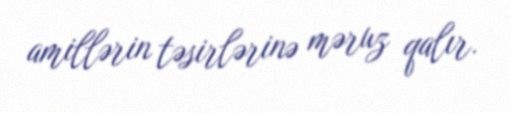
amillərin təsirlərinə məruz qalır.